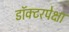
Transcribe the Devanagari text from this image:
डॉक्टरपेक्षा